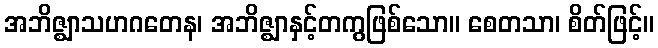
အဘိဇ္ဈာသဟဂတေန၊ အဘိဇ္ဈာနှင့်တကွဖြစ်သော။ စေတသာ၊ စိတ်ဖြင့်။